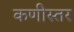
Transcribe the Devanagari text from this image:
कणीस्तर